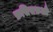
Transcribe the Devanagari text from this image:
फ़सिसफ़औ